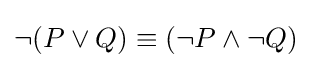
\neg (P\lor Q)\equiv (\neg P\land \neg Q)